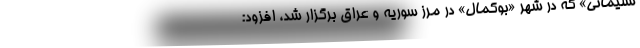
سلیمانی» که در شهر «بوکمال» در مرز سوریه و عراق برگزار شد، افزود: